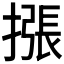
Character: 𢳫